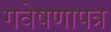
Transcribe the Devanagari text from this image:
गवेषणापत्र